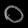
Digit: ၀